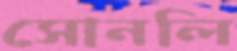
সোনলি